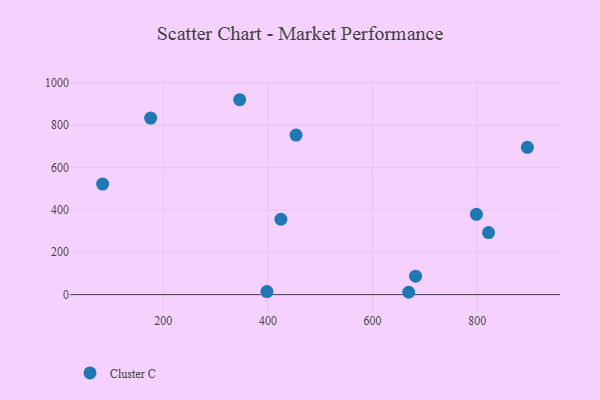
{"axis": {"x": "Distance", "y": "Salary"}, "legend": ["Cluster C"], "data": [{"x": "398.2", "y": 14.2, "type": "Cluster C"}, {"x": "669.1", "y": 11.1, "type": "Cluster C"}, {"x": "821.8", "y": 293.2, "type": "Cluster C"}, {"x": "682.3", "y": 87.3, "type": "Cluster C"}, {"x": "896.0", "y": 695.9, "type": "Cluster C"}, {"x": "453.8", "y": 753.9, "type": "Cluster C"}, {"x": "798.6", "y": 379.4, "type": "Cluster C"}, {"x": "424.9", "y": 356.2, "type": "Cluster C"}, {"x": "346.1", "y": 920.8, "type": "Cluster C"}, {"x": "84.1", "y": 522.3, "type": "Cluster C"}, {"x": "175.9", "y": 834.3, "type": "Cluster C"}]}